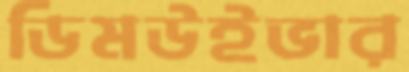
ডিমউইভার